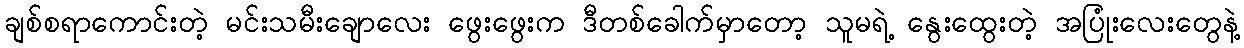
ချစ်စရာကောင်းတဲ့ မင်းသမီးချောလေး ဖွေးဖွေးက ဒီတစ်ခေါက်မှာတော့ သူမရဲ့ နွေးထွေးတဲ့ အပြုံးလေးတွေနဲ့